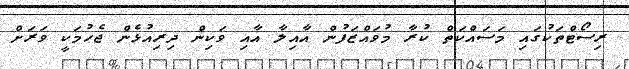
ރިސޯޓްތަކުގައި މަސައްކަތް ކުރާ މުވައްޒަފުން އާއިލާ އާއި ވަކިން ދިރިއުޅެން ޖެހުމަކީ ވަރަށް